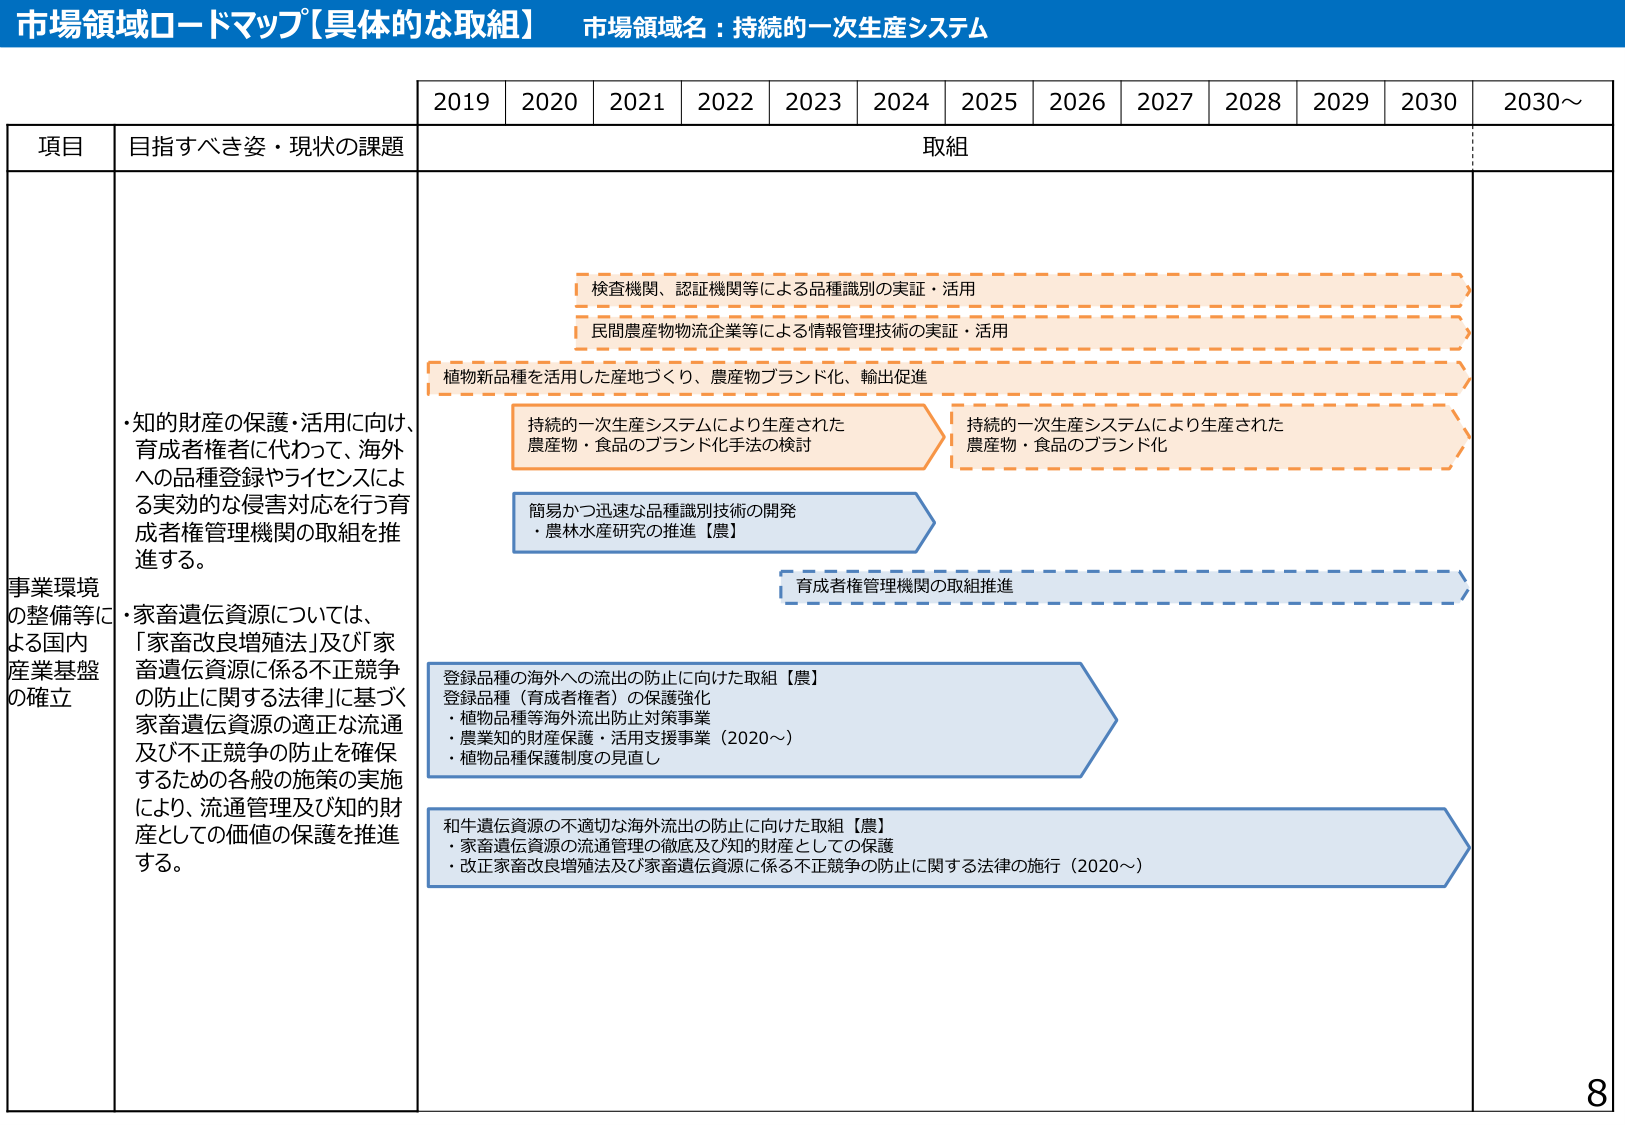
市場領域ロードマップ【具体的な取組】 市場領域名：持続的⼀次⽣産システム

2019 2020 2021 2022 2023 2024 2025 2026 2027 2028 2029 2030 2030～

項⽬ ⽬指すべき姿・現状の課題 取組

事業環境 の整備等に よる国内 産業基盤 の確⽴

・知的財産の保護・活⽤に向け、 育成者権者に代わって、海外 への品種登録やライセンスによ る実効的な侵害対応を行う育 成者権管理機関の取組を推 進する。

・家畜遺伝資源については、 「家畜改良増殖法」及び「家 畜遺伝資源に係る不正競争 の防止に関する法律」に基づく 家畜遺伝資源の適正な流通 及び不正競争の防止を確保 するための各般の施策の実施 により、流通管理及び知的財 産としての価値の保護を推進 する。

検査機関、認証機関等による品種識別の実証・活用

民間農産物物流企業等による情報管理技術の実証・活用

植物新品種を活用した産地づくり、農産物ブランド化、輸出促進

持続的⼀次⽣産システムにより⽣産された 農産物・⾷品のブランド化⼿法の検討

持続的⼀次⽣産システムにより⽣産された 農産物・⾷品のブランド化

簡易かつ迅速な品種識別技術の開発 ・農林⽔産研究の推進【農】

育成者権管理機関の取組推進

登録品種の海外への流出の防止に向けた取組【農】 登録品種（育成者権者）の保護強化 ・植物品種等海外流出防止対策事業 ・農業知的財産保護・活用支援事業（2020～） ・植物品種保護制度の見直し

和牛遺伝資源の不適切な海外流出の防止に向けた取組【農】 ・家畜遺伝資源の流通管理の徹底及び知的財産としての保護 ・改正家畜改良増殖法及び家畜遺伝資源に係る不正競争の防止に関する法律の施行（2020～）

8